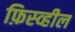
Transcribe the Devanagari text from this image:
फ़िस्व्हील